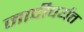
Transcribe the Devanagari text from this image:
मादीपर्यंत